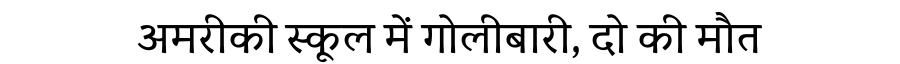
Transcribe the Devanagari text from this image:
अमरीकी स्कूल में गोलीबारी, दो की मौत